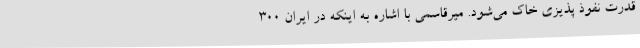
قدرت نفوذ پذیزی خاک می‌شود. میرقاسمی با اشاره به اینکه در ایران 300